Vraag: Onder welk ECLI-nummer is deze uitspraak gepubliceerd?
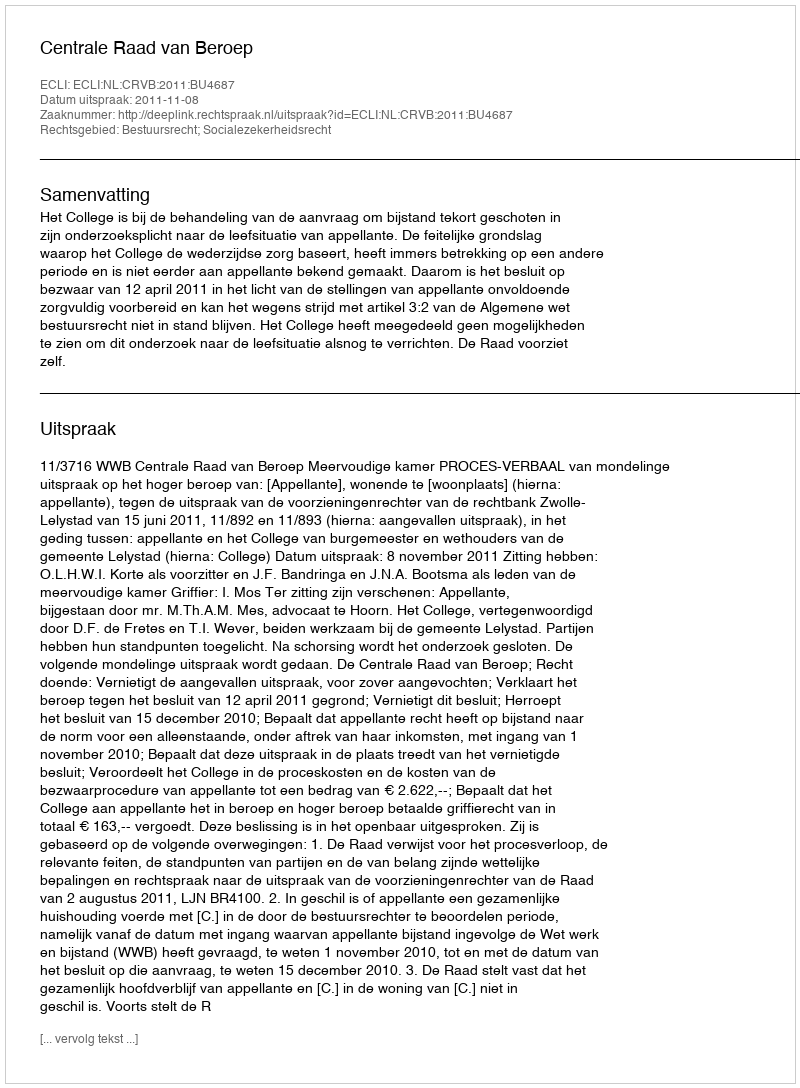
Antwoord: ECLI:NL:CRVB:2011:BU4687